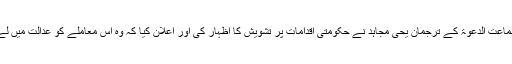
دوسری جانب جماعت الدعوۃ کے ترجمان یحیٰ مجاہد نے حکومتی اقدامات پر تشویش کا اظہار کی اور اعلان کیا کہ وہ اس معاملے کو عدالت میں لے کر جائیں گے۔